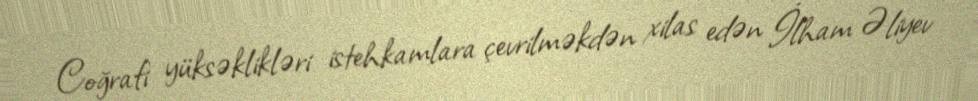
Coğrafi yüksəklikləri istehkamlara çevrilməkdən xilas edən İlham Əliyev